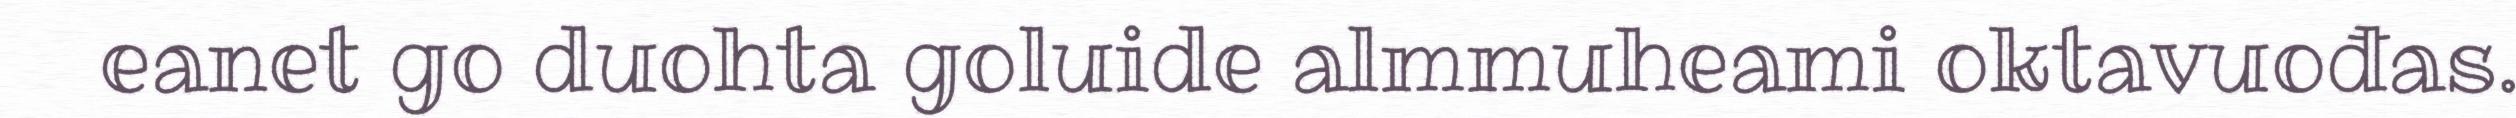
eanet go duohta goluide almmuheami oktavuođas.